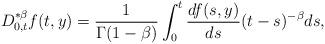
LaTeX: \begin{align*}D^{* \beta}_{0,t}f(t,y)=\frac{1}{\Gamma(1-\beta)}\int_{0}^{t}\frac{d f(s,y)}{ds}(t-s)^{-\beta}ds,\end{align*}